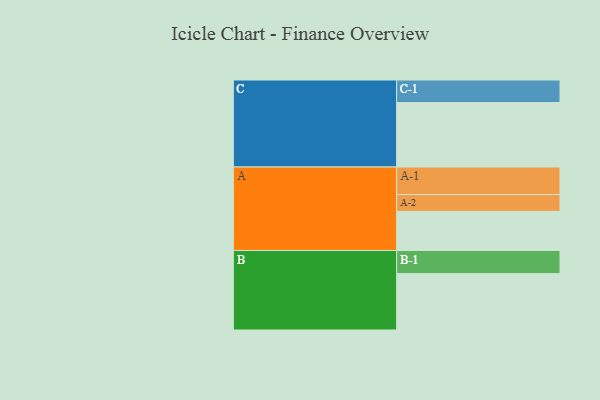
{"axis": {"x": "Segment", "y": "Value"}, "legend": ["", "A", "B", "C"], "data": [{"x": "A", "y": 339, "type": ""}, {"x": "B", "y": 489, "type": ""}, {"x": "C", "y": 559, "type": ""}, {"x": "A-1", "y": 239, "type": "A"}, {"x": "A-2", "y": 146, "type": "A"}, {"x": "B-1", "y": 201, "type": "B"}, {"x": "C-1", "y": 196, "type": "C"}]}